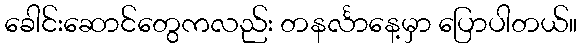
ခေါင်းဆောင်တွေကလည်း တနင်္လာနေ့မှာ ပြောပါတယ်။